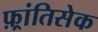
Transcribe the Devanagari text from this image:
फ़्रांतिसेक